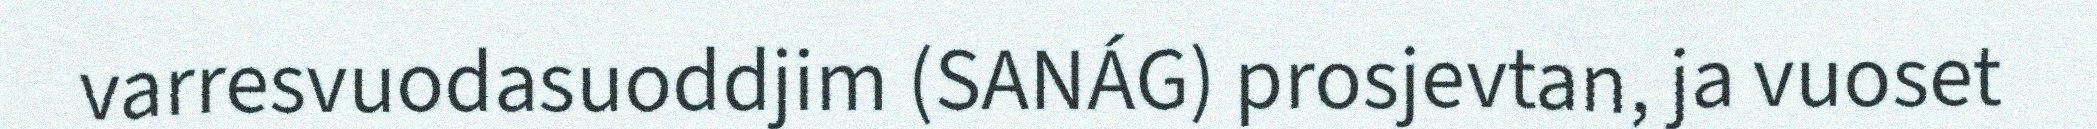
varresvuodasuoddjim (SANÁG) prosjevtan, ja vuoset